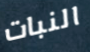
النبات